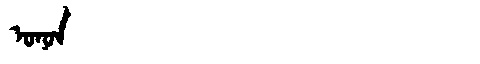
Manchu: ᠣᠨᠣᠨ
Romanization: ONON